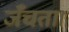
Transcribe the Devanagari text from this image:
जँचता।